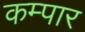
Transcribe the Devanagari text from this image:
कम्पार